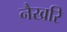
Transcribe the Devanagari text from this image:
नैखरि